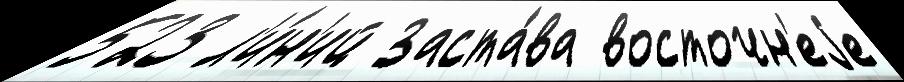
523 л'и́н'ий Заста́ва восточн'еjе